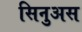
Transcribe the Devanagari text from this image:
सिनुअस